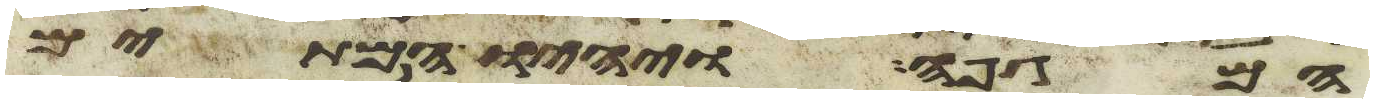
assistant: המגפה ויהיו המיתים